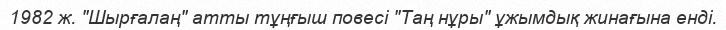
1982 ж. "Шырғалаң" атты тұңғыш повесі "Таң нұры" ұжымдық жинағына енді.